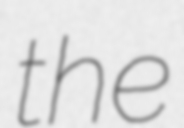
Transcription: the